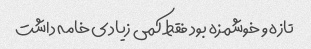
تازه و خوشمزه بود فقط کمی زیادی خامه داشت